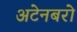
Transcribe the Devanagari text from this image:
अटेनबरो